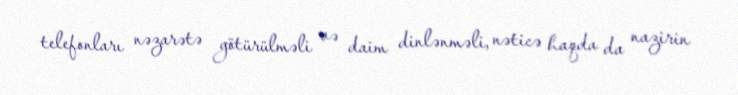
telefonları nəzarətə götürülməli və daim dinlənməli, nəticə haqda da nazirin